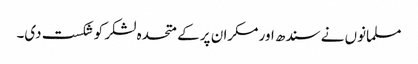
مسلمانوں نے سندھ اور مکران پر کے متحدہ لشکر کو شکست دی۔